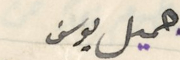
جميل يوسف